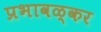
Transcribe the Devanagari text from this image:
प्रभावळ्कर